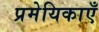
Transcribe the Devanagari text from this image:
प्रमेयिकाएँ